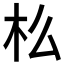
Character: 𣏈